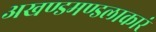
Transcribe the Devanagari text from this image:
अखण्डमण्डलाकारं